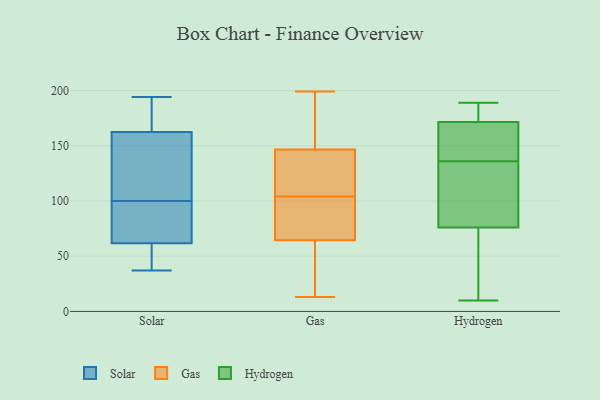
{"axis": {"x": "Latency (ms)", "y": "Value"}, "legend": ["Gas", "Hydrogen", "Solar"], "data": [{"x": "", "y": 93, "type": "Solar"}, {"x": "", "y": 43, "type": "Solar"}, {"x": "", "y": 76, "type": "Solar"}, {"x": "", "y": 40, "type": "Solar"}, {"x": "", "y": 194, "type": "Solar"}, {"x": "", "y": 134, "type": "Solar"}, {"x": "", "y": 37, "type": "Solar"}, {"x": "", "y": 172, "type": "Solar"}, {"x": "", "y": 53, "type": "Solar"}, {"x": "", "y": 98, "type": "Solar"}, {"x": "", "y": 192, "type": "Solar"}, {"x": "", "y": 111, "type": "Solar"}, {"x": "", "y": 61, "type": "Solar"}, {"x": "", "y": 193, "type": "Solar"}, {"x": "", "y": 115, "type": "Solar"}, {"x": "", "y": 106, "type": "Solar"}, {"x": "", "y": 176, "type": "Solar"}, {"x": "", "y": 64, "type": "Solar"}, {"x": "", "y": 100, "type": "Solar"}, {"x": "", "y": 199, "type": "Gas"}, {"x": "", "y": 26, "type": "Gas"}, {"x": "", "y": 131, "type": "Gas"}, {"x": "", "y": 104, "type": "Gas"}, {"x": "", "y": 74, "type": "Gas"}, {"x": "", "y": 70, "type": "Gas"}, {"x": "", "y": 107, "type": "Gas"}, {"x": "", "y": 104, "type": "Gas"}, {"x": "", "y": 13, "type": "Gas"}, {"x": "", "y": 92, "type": "Gas"}, {"x": "", "y": 37, "type": "Gas"}, {"x": "", "y": 59, "type": "Gas"}, {"x": "", "y": 151, "type": "Gas"}, {"x": "", "y": 186, "type": "Gas"}, {"x": "", "y": 142, "type": "Gas"}, {"x": "", "y": 181, "type": "Gas"}, {"x": "", "y": 136, "type": "Hydrogen"}, {"x": "", "y": 91, "type": "Hydrogen"}, {"x": "", "y": 126, "type": "Hydrogen"}, {"x": "", "y": 175, "type": "Hydrogen"}, {"x": "", "y": 188, "type": "Hydrogen"}, {"x": "", "y": 120, "type": "Hydrogen"}, {"x": "", "y": 42, "type": "Hydrogen"}, {"x": "", "y": 189, "type": "Hydrogen"}, {"x": "", "y": 173, "type": "Hydrogen"}, {"x": "", "y": 167, "type": "Hydrogen"}, {"x": "", "y": 150, "type": "Hydrogen"}, {"x": "", "y": 10, "type": "Hydrogen"}, {"x": "", "y": 164, "type": "Hydrogen"}, {"x": "", "y": 56, "type": "Hydrogen"}, {"x": "", "y": 71, "type": "Hydrogen"}]}